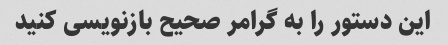
این دستور را به گرامر صحیح بازنویسی کنید